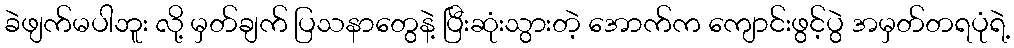
ခဲဖျက်မပါဘူး လို့ မှတ်ချက် ပြသနာတွေနဲ့ ပြီးဆုံးသွားတဲ့ အောက်က ကျောင်းဖွင့်ပွဲ အမှတ်တရပုံရဲ့